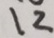
1 2